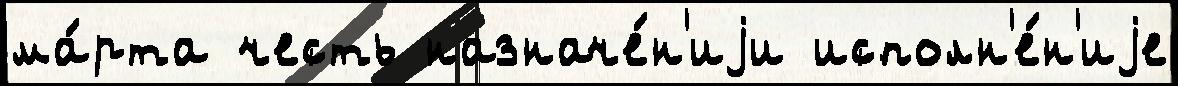
ма́рта честь назначе́н'иjи исполн'е́н'иjе